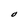
Character: O